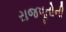
રાજપૂતોની